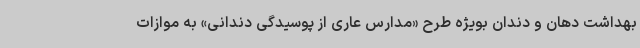
بهداشت دهان و دندان بویژه طرح «مدارس عاری از پوسیدگی دندانی» به موازات